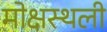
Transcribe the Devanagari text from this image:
मोक्षस्थली